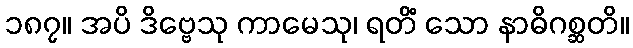
၁၈၇။ အပိ ဒိဗ္ဗေသု ကာမေသု၊ ရတိံ သော နာဓိဂစ္ဆတိ။